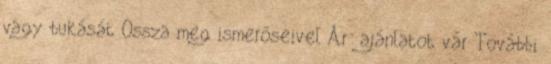
vagy bukását Ossza meg ismerőseivel Ár: ajánlatot vár További